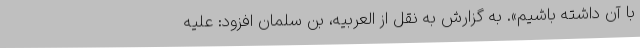
با آن داشته باشیم». به گزارش به نقل از العربیه، بن سلمان افزود: علیه